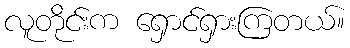
လူတိုင်းက ရှောင်ရှားကြတယ်။